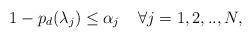
LaTeX: \begin{align*} 1-p_{d} (\lambda _{j} )\le \alpha _{j} \; \; \; \; \forall j=1,2,..,N, \end{align*}